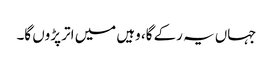
جہاں یہ رکے گا، وہیں میں اتر پڑوں گا۔